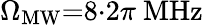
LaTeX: \Omega_{\mathrm{MW}}{=}8{\cdot}2\pi\ \mathrm{MHz}